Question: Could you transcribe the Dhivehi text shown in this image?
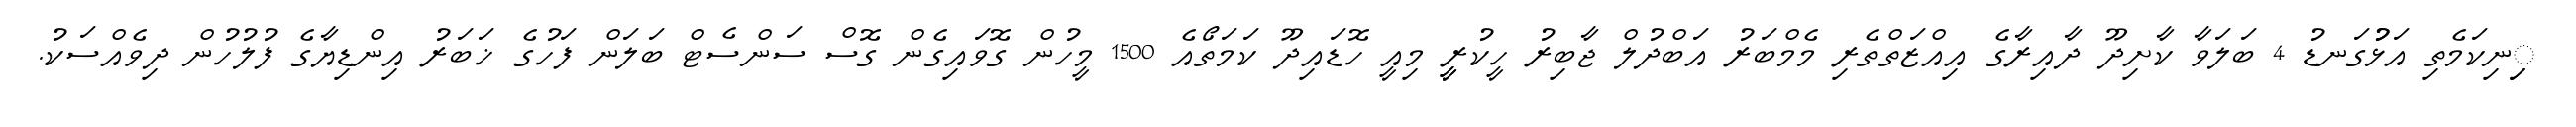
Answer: ިިނިކަމެތި އަޅުުގަނޑު 4 ބަލަވާ ކާށިދޫ ދާއިރާގެ އިއްޒަތްތެރި މެމްބަރު އަބްދުލް ޖާބިރު ހީކުރީީ މިއީ ހޮޑައިދޫ ކަމަތޯއެ 1500 މީހުން ގޮވައިގެން ގޮސް ސަންސެޓް ބަލަން ފަހުގެ ޚަބަރު އިންޑިޔާގެ ފުލުހުން ދިވެއްސަކު.